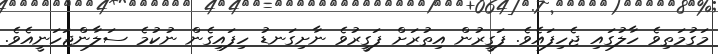
މަގުމަތިވެ ހާލުގައި ޖެހިފައެވެ. ފަގީރުން އިތުރަށް ފަގީރުވެ ނާށިގަނޑު ހިފައިގެން ނުކުމެ ސަލާންޖަހަނީއެވެ.